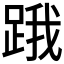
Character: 𨁟